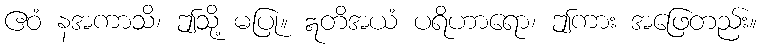
ဧဝံ နအကာသိ၊ ဤသို့ မပြု။ ဣတိအယံ ပရိဟာရော၊ ဤကား အဖြေတည်း။